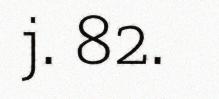
j. 82.